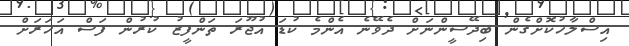
އިސްލާހުކޮށްގެން ބިދޭސީންނަށް ދެވޭނެ އެންމެ ކުޑަ އުޖޫރަ ތަންފީޒު ކުރުން ފަސް އަހަރަށް